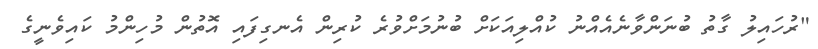
"ރުހައިލު ގާތު ބުނަންވާނެއެއްނު ކުއްލިއަކަށް ބުނުމަށްވުރެ ކުރިން އެނގިފައި އޮތުން މުހިންމު ކައިވެނީގެ